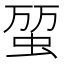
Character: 𧊪